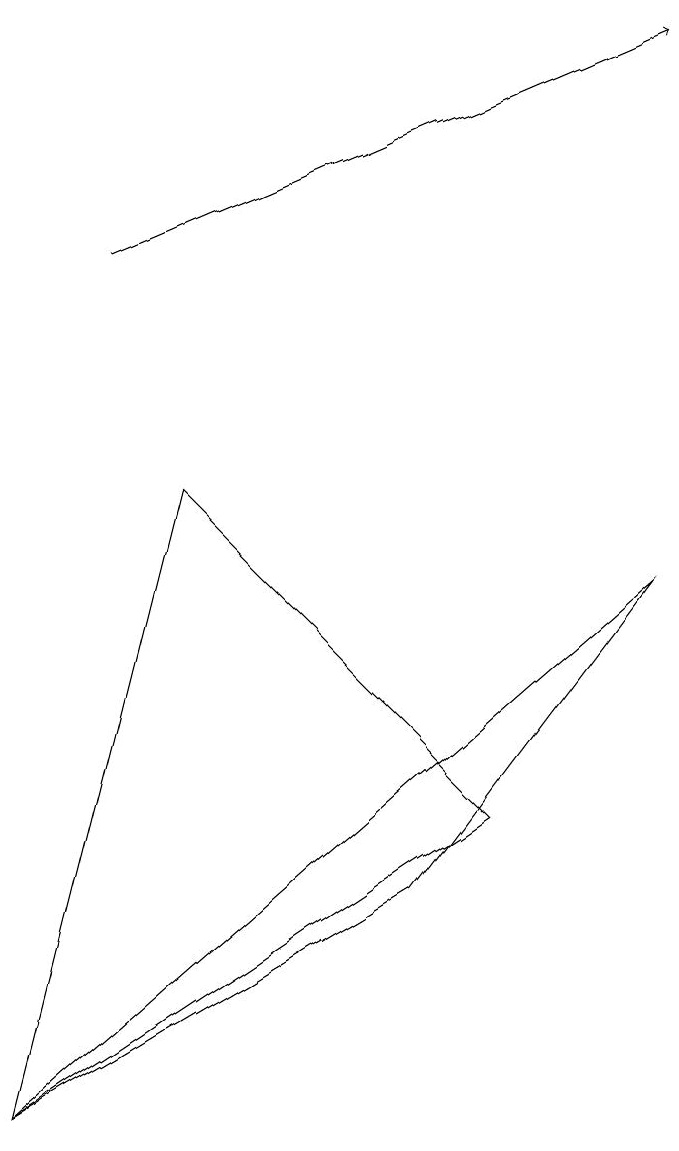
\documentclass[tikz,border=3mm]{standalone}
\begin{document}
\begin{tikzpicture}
\draw[->] (1,11) -- (8,14);
\draw (2,8) -- (6,4) -- (0,0) -- cycle;
\draw (5,3) -- (8,7) -- (0,0) -- cycle;
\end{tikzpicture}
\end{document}